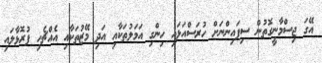
އޭގަ ޖިސްމާނީގޮތުން ސިފައިންނަށް ހުރަސްއަޅައި ހިންގި އަމަލުތަކާއި އަދި މޭޒުތަކާއި އެއްޗެހި ފުރޮޅާލައި